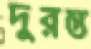
দুরন্ত